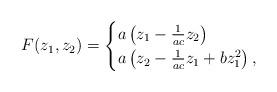
LaTeX: \begin{align*}F(z_1,z_2)=\begin{cases} a \left(z_1-\frac{1}{ac}z_2\right)\\a \left(z_2-\frac{1}{ac}z_1+bz_1^2\right),\end{cases}\end{align*}